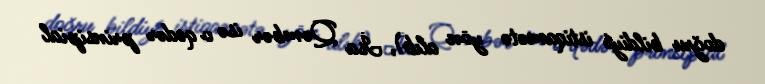
doğru bildiyi istiqamətə yön alıb), İsa Qəmbər isə o qədər prinsipial